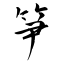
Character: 笋